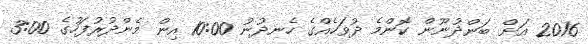
2016 އަށް ބަންދުނޫން ކޮންމެ ދުވަހެއްގެ ހެނދުނު 10:00 އިން މެންދުރުފަހުގެ 3:00